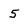
Character: 5